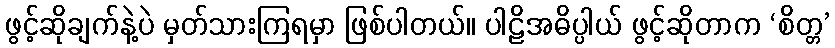
ဖွင့်ဆိုချက်နဲ့ပဲ မှတ်သားကြရမှာ ဖြစ်ပါတယ်။ ပါဠိအဓိပ္ပါယ် ဖွင့်ဆိုတာက ‘စိတ္တ’